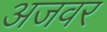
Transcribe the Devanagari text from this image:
अजवर